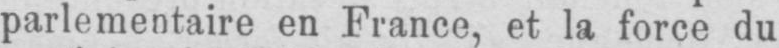
parlementaire en France, et la force du